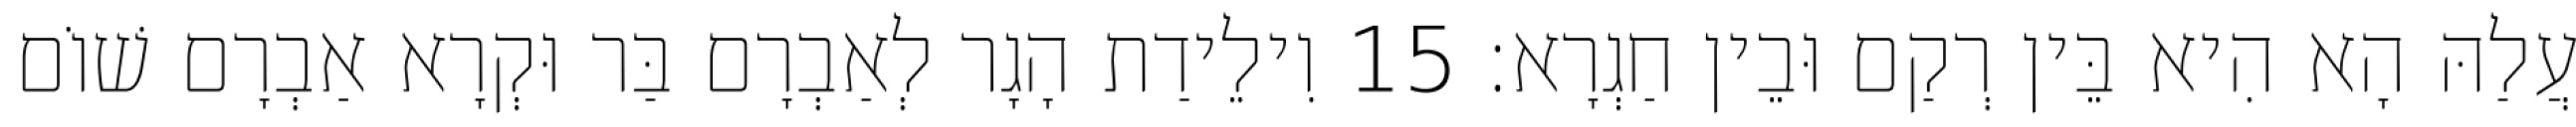
עֲלַהּ הָא הִיא בֵּין רְקַם וּבֵין חַגְרָא׃ 15 וִילֵידַת הָגָר לְאַבְרָם בַּר וּקְרָא אַבְרָם שׁוֹם